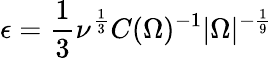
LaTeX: \epsilon=\frac 13\nu^{\frac 13}C(\Omega)^{-1}|\Omega|^{-\frac 19}